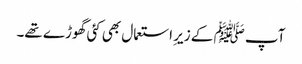
آپ ﷺ کے زیرِ استعمال بھی کئی گھوڑے تھے۔